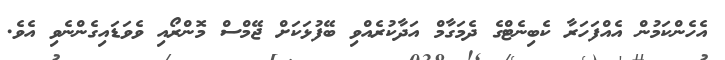
އެހެންކަމުން އެއްފަހަރާ ކެބިނެޓްގެ ދެމަގާމް އަދާކުރެއްވި ބޭފުޅަކަށް ޖޭމްސް މޮންރޯއި ވެވަޑައިގެންނެވި އެވެ.